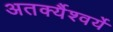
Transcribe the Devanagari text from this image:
अतर्क्यैश्वर्ये